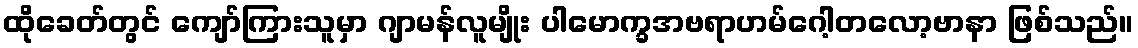
ထိုခေတ်တွင် ကျော်ကြားသူမှာ ဂျာမန်လူမျိုး ပါမောက္ခအဗရာဟမ်ဂေါ့တလော့ဗာနာ ဖြစ်သည်။